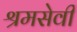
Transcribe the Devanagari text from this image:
श्रमसेवी